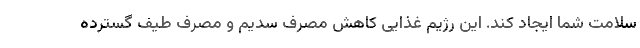
سلامت شما ایجاد کند. این رژیم غذایی کاهش مصرف سدیم و مصرف طیف گسترده